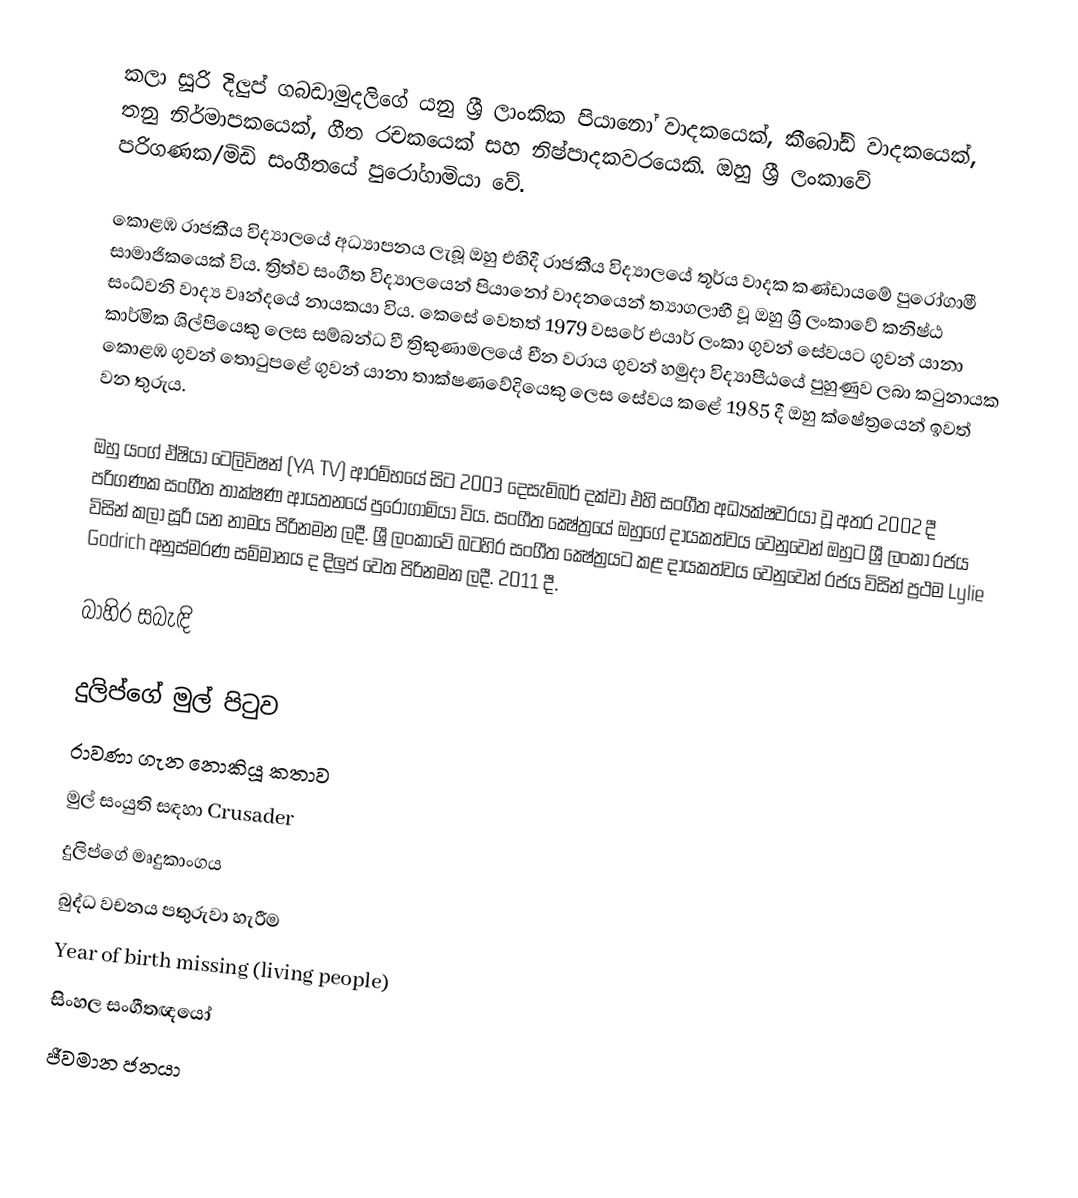
කලා සූරි දිලුප් ගබඩාමුදලිගේ යනු ශ්‍රී ලාංකික පියානෝ වාදකයෙක්, කීබෝඩ් වාදකයෙක්, තනු නිර්මාපකයෙක්, ගීත රචකයෙක් සහ නිෂ්පාදකවරයෙකි. ඔහු ශ්‍රී ලංකාවේ පරිගණක/මිඩි සංගීතයේ පුරෝගාමියා වේ.

කොළඹ රාජකීය විද්‍යාලයේ අධ්‍යාපනය ලැබූ ඔහු එහිදී රාජකීය විද්‍යාලයේ තූර්ය වාදක කණ්ඩායමේ පුරෝගාමී සාමාජිකයෙක් විය. ත්‍රිත්ව සංගීත විද්‍යාලයෙන් පියානෝ වාදනයෙන් ත්‍යාගලාභී වූ ඔහු ශ්‍රී ලංකාවේ කනිෂ්ඨ සංධ්වනි වාද්‍ය වෘන්දයේ නායකයා විය. කෙසේ වෙතත් 1979 වසරේ එයාර් ලංකා ගුවන් සේවයට ගුවන් යානා කාර්මික ශිල්පියෙකු ලෙස සම්බන්ධ වී ත්‍රිකුණාමලයේ චීන වරාය ගුවන් හමුදා විද්‍යාපීඨයේ පුහුණුව ලබා කටුනායක කොළඹ ගුවන් තොටුපළේ ගුවන් යානා තාක්ෂණවේදියෙකු ලෙස සේවය කළේ 1985 දී ඔහු ක්ෂේත්‍රයෙන් ඉවත් වන තුරුය.

ඔහු යංග් ඒෂියා ටෙලිවිෂන් (YA TV) ආරම්භයේ සිට 2003 දෙසැම්බර් දක්වා එහි සංගීත අධ්‍යක්ෂවරයා වූ අතර 2002 දී පරිගණක සංගීත තාක්ෂණ ආයතනයේ පුරෝගාමියා විය. සංගීත ක්‍ෂේත්‍රයේ ඔහුගේ දායකත්වය වෙනුවෙන් ඔහුට ශ්‍රී ලංකා රජය විසින් කලා සූරි යන නාමය පිරිනමන ලදී. ශ්‍රී ලංකාවේ බටහිර සංගීත ක්‍ෂේත්‍රයට කළ දායකත්වය වෙනුවෙන් රජය විසින් ප්‍රථම Lylie Godrich අනුස්මරණ සම්මානය ද දිලුප් වෙත පිරිනමන ලදී. 2011 දී.

බාහිර සබැඳි

 දුලිප්ගේ මුල් පිටුව
 රාවණා ගැන නොකියූ කතාව
 මුල් සංයුති සඳහා Crusader
 දුලිප්ගේ මෘදුකාංගය
 බුද්ධ වචනය පතුරුවා හැරීම
Year of birth missing (living people)
සිංහල සංගීතඥයෝ
ජීවමාන ජනයා